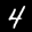
Label: 4